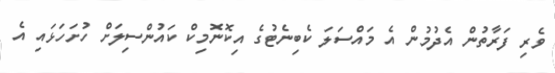
ވެރި ފަރާތުން އެދުމުން އެ މައްސަލަ ކެބިނެޓުގެ އިކޮނޮމިކް ކައުންސިލަށް ހުށަހަޅައި އެ